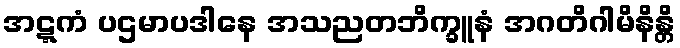
အဋ္ဋကံ ပဌမာပဒါနေ အသညတဘိက္ခူနံ အဂတိဂါမိနိန္တိ